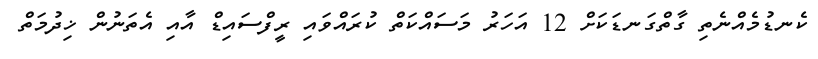
ކެނޑުމެއްނެތި ގާތްގަނޑަކަށް 12 އަހަރު މަސައްކަތް ކުރައްވައި ރީފްސައިޑް އާއި އެތަނުން ޚިދުމަތް